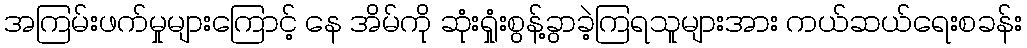
အကြမ်းဖက်မှုများကြောင့် နေ အိမ်ကို ဆုံးရှုံးစွန့်ခွာခဲ့ကြရသူများအား ကယ်ဆယ်ရေးစခန်း